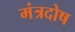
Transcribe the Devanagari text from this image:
मंत्रदोष